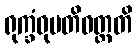
ရုက္ခံဝုပတိဝတ္တတိ